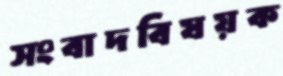
সংবাদবিষয়ক